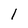
Character: l